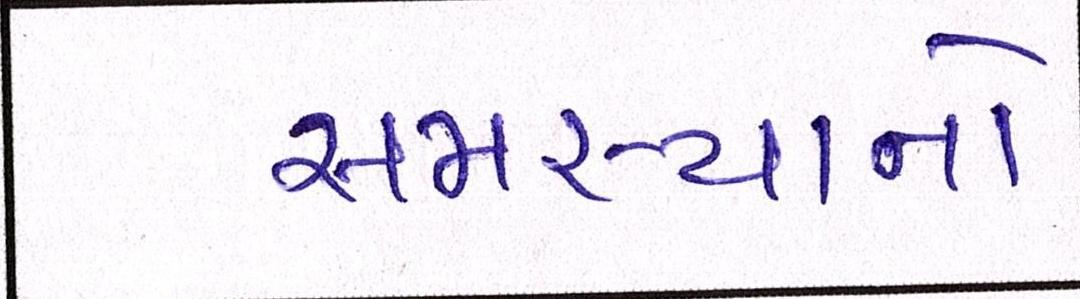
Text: સમસ્યાનો